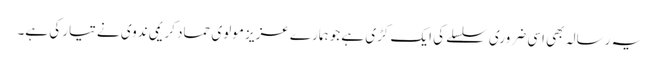
یہ رسالہ بھی اسی ضروری سلسلے کی ایک کڑی ہے جو ہمارے عزیز مولوی حماد کریمی ندوی نے تیار کی ہے۔